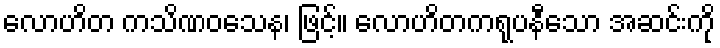
လောဟိတ ကသိဏဝသေန၊ ဖြင့်။ လောဟိတကရုပနီသော အဆင်းကို